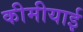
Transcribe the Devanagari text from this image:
कीमीयाई